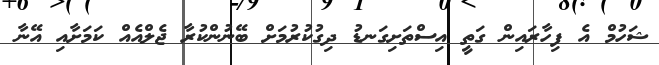
ޝަހުމް އެ ފިހާރައިން ގަތީ އިސްތަށިގަނޑު ދިގުކުރުމަށް ބޭނުންކުރާ ޖެލްއެއް ކަމަށާއި އޭނާ